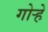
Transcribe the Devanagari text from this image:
गोऱ्हे